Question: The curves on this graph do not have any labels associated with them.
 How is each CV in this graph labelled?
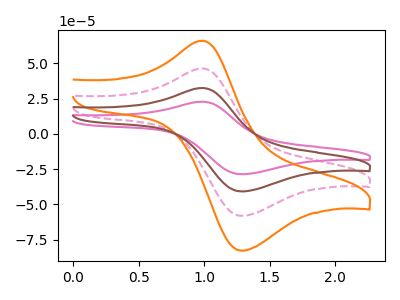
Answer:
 <answer>The pink curve does not have a label. The pink dashed curve does not have a label. The orange curve does not have a label. The brown curve does not have a label.</answer>
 <eval></eval>